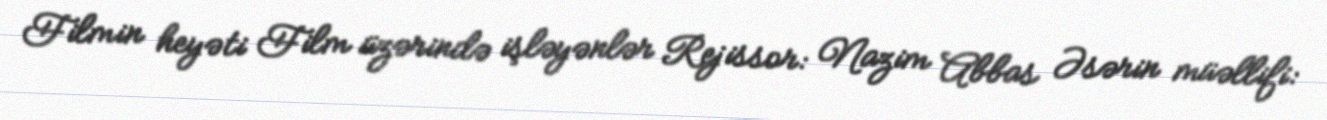
Filmin heyəti Film üzərində işləyənlər Rejissor: Nazim Abbas Əsərin müəllifi: